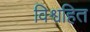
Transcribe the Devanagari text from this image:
विश्वहित